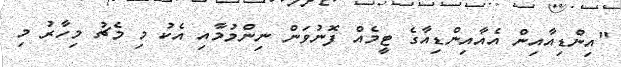
"އިންޑިއާއިން އެއާއިންޑިއާގެ ޓީމެއް ފޮނުވަން ނިންމުމާއި އެކު މި މެޗު މިހާރު މި